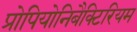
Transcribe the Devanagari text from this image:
प्रोपियोनिबैक्टिरियम